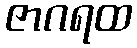
ဇာဂရထ